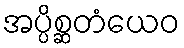
အပ္ပိစ္ဆတံယေဝ